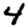
Digit: 4